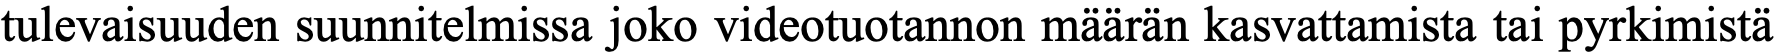
tulevaisuuden suunnitelmissa joko videotuotannon määrän kasvattamista tai pyrkimistä